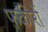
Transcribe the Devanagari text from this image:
फ़कीरों